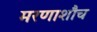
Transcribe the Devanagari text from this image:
मरणाशौच